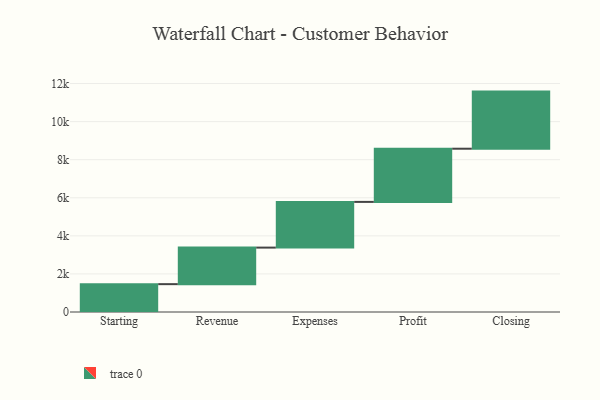
{"axis": {"x": "Step", "y": "Value"}, "legend": [""], "data": [{"x": "Starting", "y": 1463.0, "type": ""}, {"x": "Revenue", "y": 1920.0, "type": ""}, {"x": "Expenses", "y": 2400.0, "type": ""}, {"x": "Profit", "y": 2794.0, "type": ""}, {"x": "Closing", "y": 3000, "type": ""}]}